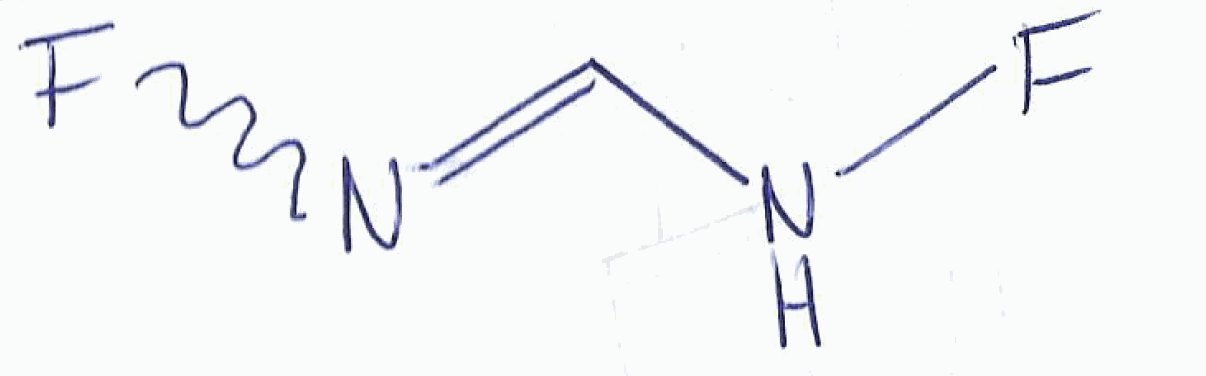
Simplified molecular-input line-entry system (SMILES) notation of the given molecule:
C(=NF)NF